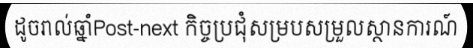
ដូចរាល់ឆ្នាំPost-next កិច្ចប្រជុំសម្របសម្រួលស្ថានការណ៍